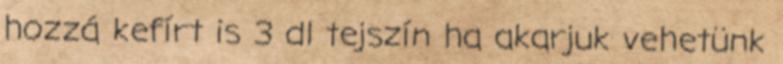
hozzá kefírt is 3 dl tejszín ha akarjuk vehetünk